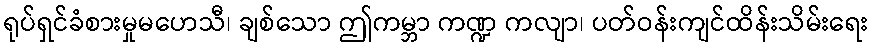
ရုပ်ရှင်ခံစားမှုမဟေသီ၊ ချစ်သော ဤကမ္ဘာ ကဏ္ဍ ကလျာ၊ ပတ်ဝန်းကျင်ထိန်းသိမ်းရေး